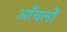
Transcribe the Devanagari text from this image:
आँचलों